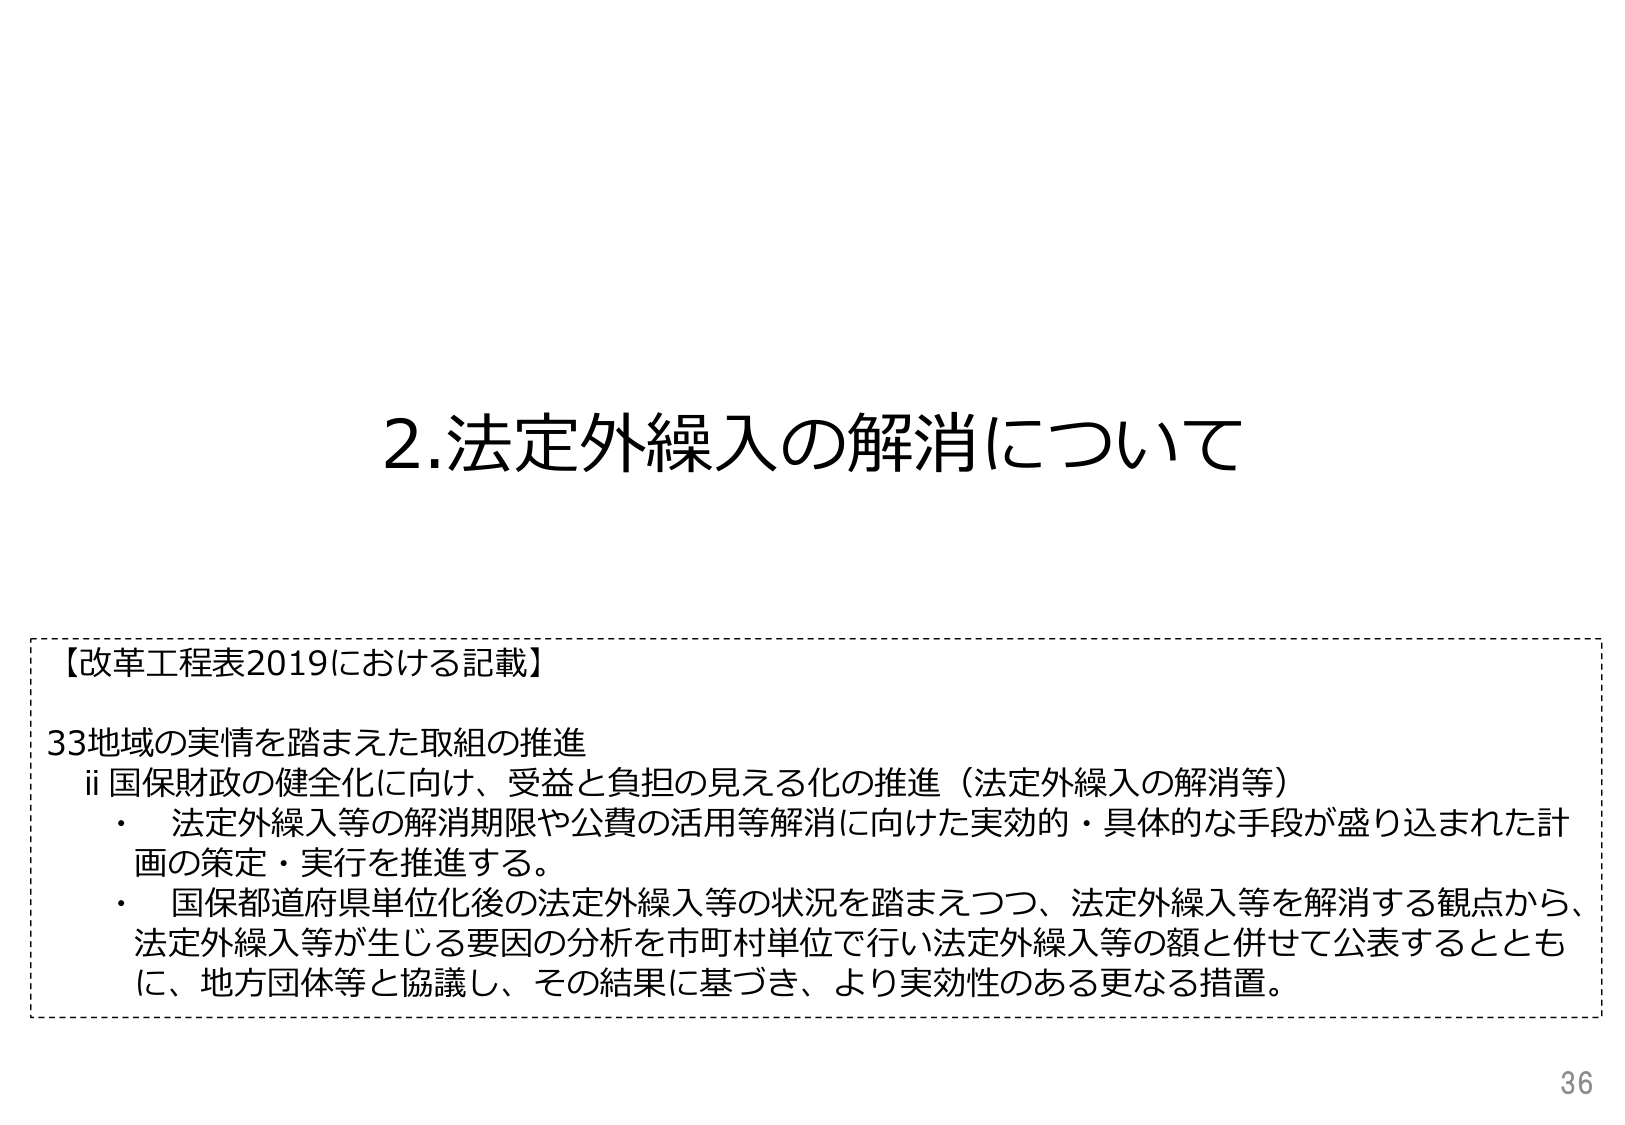
2.法定外繰入の解消について

【改革工程表2019における記載】
33地域の実情を踏まえた取組の推進
ii 国保財政の健全化に向け、受益と負担の見える化の推進（法定外繰入の解消等）
・ 法定外繰入等の解消期限や公費の活用等解消に向けた実効的・具体的な手段が盛り込まれた計画の策定・実行を推進する。
・ 国保都道府県単位化後の法定外繰入等の状況を踏まえつつ、法定外繰入等を解消する観点から、法定外繰入等が生じる要因の分析を市町村単位で行い法定外繰入等の額と併せて公表するとともに、地方団体等と協議し、その結果に基づき、より実効性のある更なる措置。

36